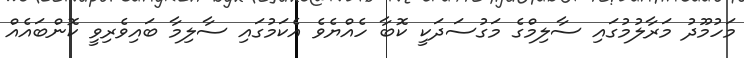
މަހުމޫދު މަރާލުމުގައި ސާލިމްގެ މަގުސަދަކީ ކޮބާ ހެއްޔެެވެ އެކަމުގައި ސާލިމާ ބައިވެރިވީ ކޮންބައެއް